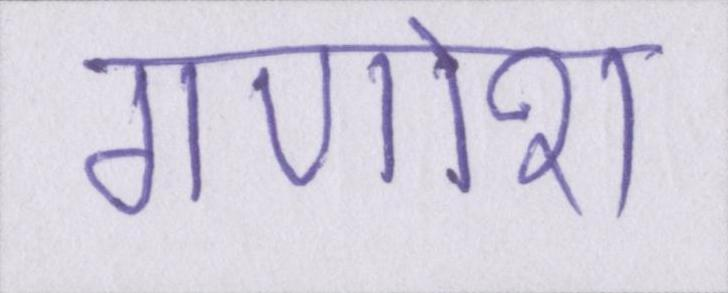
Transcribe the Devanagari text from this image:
गणोश